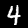
Label: 4